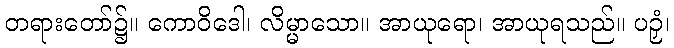
တရားတော်၌။ ကောဝိဒေါ၊ လိမ္မာသော။ အာယုရော၊ အာယုရသည်။ ပဉှံ၊